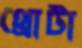
থ্রোটা